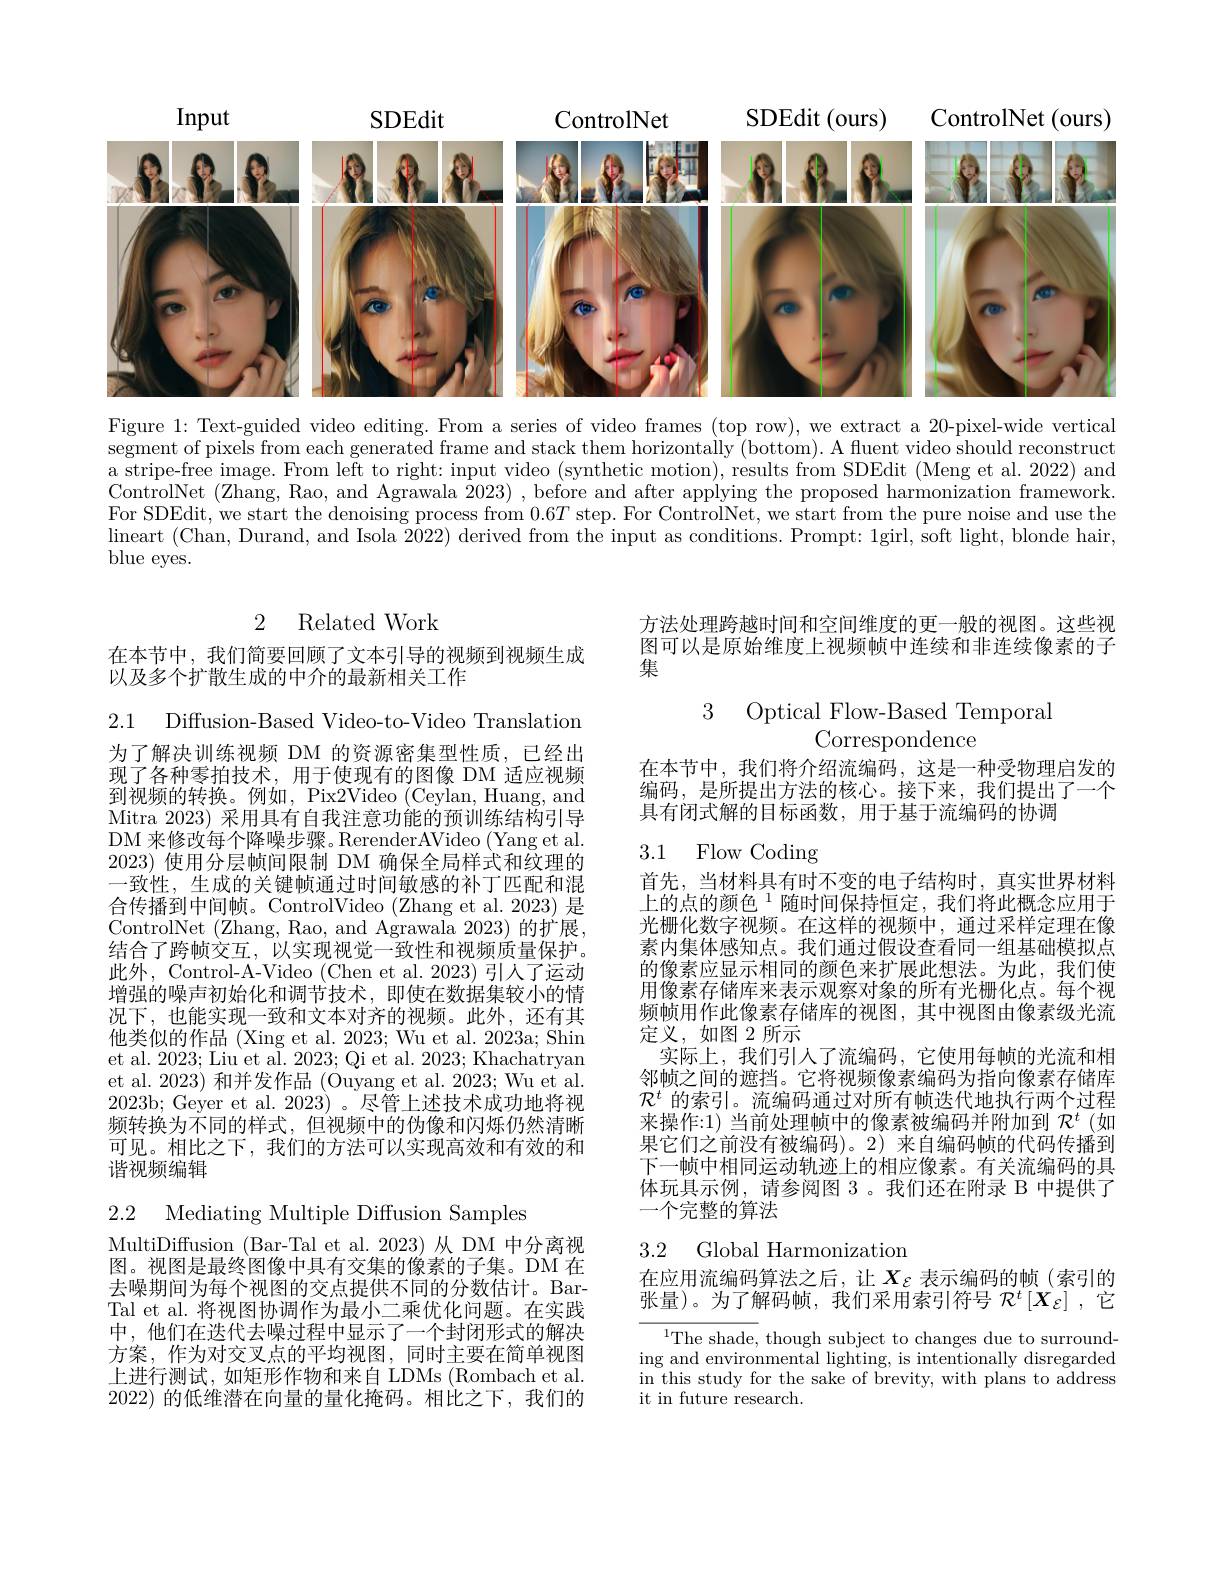
<FigureHere>

Figure 1: Text-guided video editing. From a series of video frames (top row), we extract a 20-pixel-wide vertical segment of pixels from each generated frame and stack them horizontally (bottom). A fluent video should reconstruct a stripe-free image. From left to right: input video (synthetic motion), results from SDEdit (Meng et al. 2022) and ControlNet (Zhang, Rao, and Agrawala 2023) , before and after applying the proposed harmonization framework. For SDEdit, we start the denoising process from $0.6T$ step. For ControlNet, we start from the pure noise and use the lineart ( Chan, Durand, and Isola 2022) derived from the input as conditions. Prompt: 1girl, soft light, blonde hair, blue eyes.

2 Related Work

方法处理跨越时间和空间维度的更一般的视图。这些视图可以是原始维度上视频帧中连续和非连续像素的子集

在本节中，我们简要回顾了文本引导的视频到视频生成
以及多个扩散生成的中介的最新相关工作

2.1 Diffusion-Based Video-to-Video Translation

3 Optical Flow-Based Temporal
Correspondence

在本节中，我们将介绍流编码，这是一种受物理启发的编码，是所提出方法的核心。接下来，我们提出了一个具有闭式解的目标函数，用于基于流编码的协调

3.1 Flow Coding

为了解决训练视频 DM 的资源密集型性质，已经出现了各种零拍技术，用于使现有的图像 DM 适应视频到视频的转换。例如，Pix2Video (Ceylan, Huang, and Mitra 2023) 采用具有自我注意功能的预训练结构引导DM 来修改每个降噪步骤。RerenderAVideo (Yang et al. 2023)使用分层帧间限制 DM 确保全局样式和纹理的一致性，生成的关键帧通过时间敏感的补丁匹配和混合传播到中间帧。ControlVideo (Zhang et al.2023) 是ControlNet (Zhang, Rao, and Agrawala 2023)的扩展， 结合了跨帧交互，以实现视觉一致性和视频质量保护。此外，Control-A-Video (Chen et al. 2023) 引人了运动增强的噪声初始化和调节技术，即使在数据集较小的情况下，也能实现一致和文本对齐的视频。此外，还有其他类似的作品 (Xing et al. 2023; Wu et al. 2023a; Shin et al. 2023; Liu et al. 2023; Qi et al. 2023; Khachatryan et al. 2023) 和并发作品 (Ouyang et al. 2023; Wu et al. 2023b; Geyer et al. 2023)。尽管上述技术成功地将视频转换为不同的样式，但视频中的伪像和闪烁仍然清晰可见。相比之下，我们的方法可以实现高效和有效的和谐视频编辑

频帧用作此像素存储库的视图，其中视图由像素级光流
定义，如图 2所示
实际上，我们引人了流编码，它使用每帧的光流和相

首先，当材料具有时不变的电子结构时，真实世界材料上的点的颜色$^{1}$随时间保持恒定，我们将此概念应用于光栅化数字视频。在这样的视频中，通过采样定理在像素内集体感知点。我们通过假设查看同一组基础模拟点的像素应显示相同的颜色来扩展此想法。为此，我们使用像素存储库来表示观察对象的所有光栅化点。每个视邻帧之间的遮挡。它将视频像素编码为指向像素存储库$\mathcal{R}^t$的索引。流编码通过对所有帧迭代地执行两个过程来操作：1) 当前处理帧中的像素被编码并附加到$\mathcal{R}^t$ (如果它们之前没有被编码)。2) 来自编码帧的代码传播到下一帧中相同运动轨迹上的相应像素。有关流编码的具体玩具示例，请参阅图 3。我们还在附录 B 中提供了一个完整的算法

2.2 Mediating Multiple Diffusion Samples

3.2 Global Harmonization

在应用流编码算法之后，让$X_\mathrm{\varepsilon}$ 表示编码的帧(索引的张量)。为了解码帧，我们采用索引符号 $\mathcal{R}^t\left[X_{\mathcal{E}}\right]$,它

MultiDiffusion (Bar-Tal et al. 2023) 从 DM 中分离视图。视图是最终图像中具有交集的像素的子集。DM 在去噪期间为每个视图的交点提供不同的分数估计。BarTal et al. 将视图协调作为最小二乘优化问题。在实践中，他们在迭代去噪过程中显示了一个封闭形式的解决方案，作为对交叉点的平均视图，同时主要在简单视图上进行测试，如矩形作物和来自 LDMs (Rombach et al. 2022)的低维潜在向量的量化掩码。相比之下，我们的

$^1$The shade, though subject to changes due to surrounding and environmental lighting, is intentionally disregarded in this study for the sake of brevity, with plans to address it in future research.